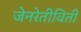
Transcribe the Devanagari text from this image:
जेनरेतीविती